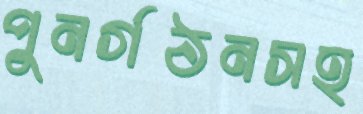
পুনর্গঠনসহ